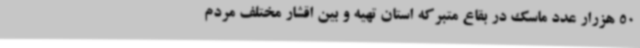
50 هزرار عدد ماسک در بقاع متبرکه استان تهیه و بین اقشار مختلف مردم